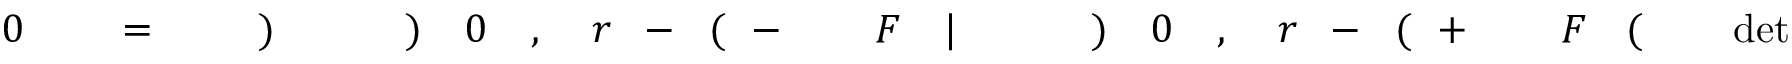
\! \! \! \! \! \! \! \! \! \! \! \operatorname* { d e t } \! \! \! \! \! \! \! \! \! \! \! \! \! \! \! \! \! \! \! \! \! \! \! \! ( \! \! \! \! \! \! \! \! \! \! \! \! F \! \! \! \! \! \! \! \! \! \! \! \! ^ { \! } \! \! \! \! \! \! \! \! \! \! \! + \! \! \! \! \! \! \! \! \! \! \! \! ( \! \! \! \! \! \! \! \! \! \! \! \! - \! \! \! \! \! \! \! \! \! \! \! \! r \! \! \! \! \! \! \! \! \! \! \! \! , \! \! \! \! \! \! \! \! \! \! \! \! 0 \! \! \! \! \! \! \! \! \! \! \! \! ) \! \! \! \! \! \! \! \! \! \! \! \! \! \! \! \! \! \! \! \! \! \! \! \! | \! \! \! \! \! \! \! \! \! \! \! \! F \! \! \! \! \! \! \! \! \! \! \! \! ^ { \! } \! \! \! \! \! \! \! \! \! \! \! - \! \! \! \! \! \! \! \! \! \! \! \! ( \! \! \! \! \! \! \! \! \! \! \! \! - \! \! \! \! \! \! \! \! \! \! \! \! r \! \! \! \! \! \! \! \! \! \! \! \! , \! \! \! \! \! \! \! \! \! \! \! \! 0 \! \! \! \! \! \! \! \! \! \! \! \! ) \! \! \! \! \! \! \! \! \! \! \! \! \! \! \! \! \! \! \! \! \! \! \! \! ) \! \! \! \! \! \! \! \! \! \! \! \! \! \! \! \! \! \! \! \! \! \! \! \! = \! \! \! \! \! \! \! \! \! \! \! \! \! \! \! \! \! \! \! \! \! \! \! \! 0 \! \! \! \! \! \! \! \! \! \! \!